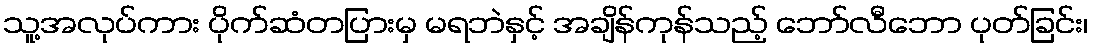
သူ့အလုပ်ကား ပိုက်ဆံတပြားမှ မရဘဲနှင့် အချိန်ကုန်သည့် ဘော်လီဘော ပုတ်ခြင်း၊